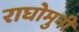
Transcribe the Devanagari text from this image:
राघोमुनी